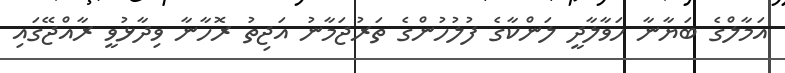
އަމާލްގެ ބަޔާނާ ހަވާލާދީ ލަންކާގެ ފުލުހުންގެ ތަރުޖަމާނު އަޖިތު ރޮހާނާ ވިދާޅުވީ ރާއްޖޭގައި